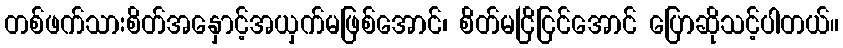
တစ်ဖက်သားစိတ်အနှောင့်အယှက်မဖြစ်အောင်၊ စိတ်မငြိငြင်အောင် ပြောဆိုသင့်ပါတယ်။